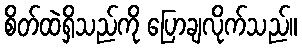
စိတ်ထဲရှိသည်ကို ပြောချလိုက်သည်။